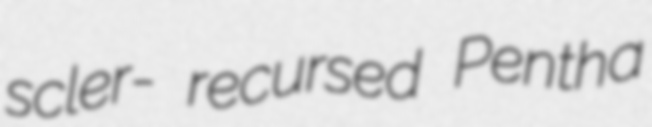
scler- recursed Pentha